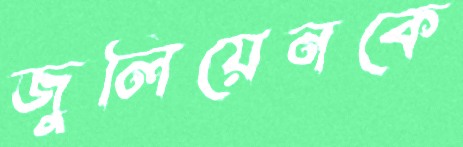
জুলিয়েনকে